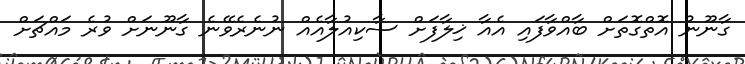
ގާނޫނު އޮތްގޮތަށް ބާއްވާފައި އެއާ ޚިލާފަށް ސާކިއުލާއެއް ނުނެރެވޭނެ ގާނޫނަށް ވުރެ މައްޗަށް